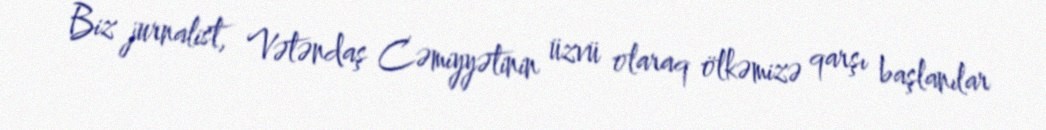
Biz jurnalist, Vətəndaş Cəmiyyətinin üzvü olaraq ölkəmizə qarşı başlanılar